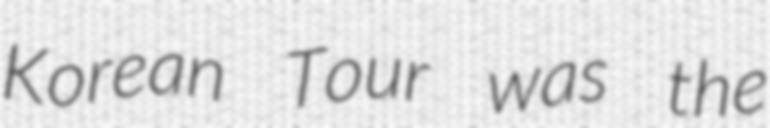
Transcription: Korean Tour was the